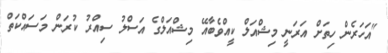
"އަހަރެން ހިތަށް އަރަނީ މިޝްއަލް ކީއްވެބާއޭ މިޝްއަލްގެ އަސްލު ސިއްރު ކުރަން މަސައްކަތް